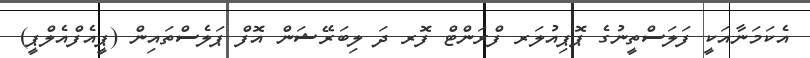
އެކަމަނާއަކީ ފަލަސްތީނުގެ ޕޮޕިއުލަރ ފްރަންޓް ފޮރ ދަ ލިބަރޭޝަން އޮފް ޕަލެސްތައިން (ޕީއެފްއެލްޕީ)